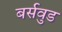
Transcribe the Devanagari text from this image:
बर्सवुड